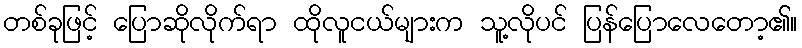
တစ်ခုဖြင့် ပြောဆိုလိုက်ရာ ထိုလူငယ်များက သူ့လိုပင် ပြန်ပြောလေတော့၏။